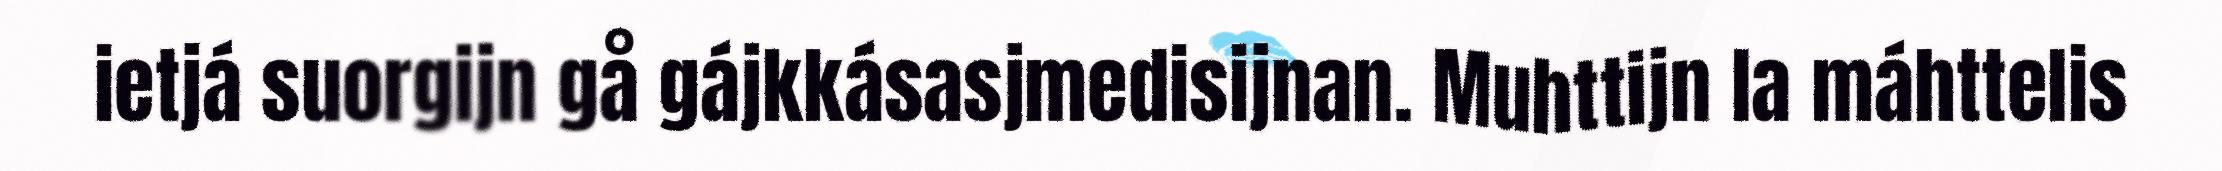
ietjá suorgijn gå gájkkásasjmedisijnan. Muhttijn la máhttelis